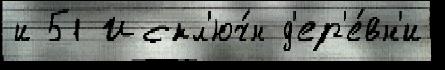
и 51 Искл'юч́н д'ер'е́вн'и